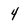
Character: 4